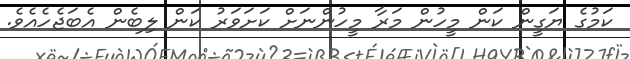
ކަމުގެ ޔަގީން ކަން މީހުން މަރާ މީހުންނަށް ކަށަވަރު ކަން ލިބެން އެބަޖެެެހެއެވެ.